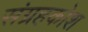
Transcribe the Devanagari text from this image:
संग्रहकोश